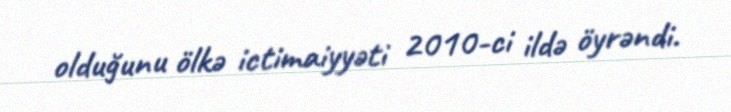
olduğunu ölkə ictimaiyyəti 2010-ci ildə öyrəndi.